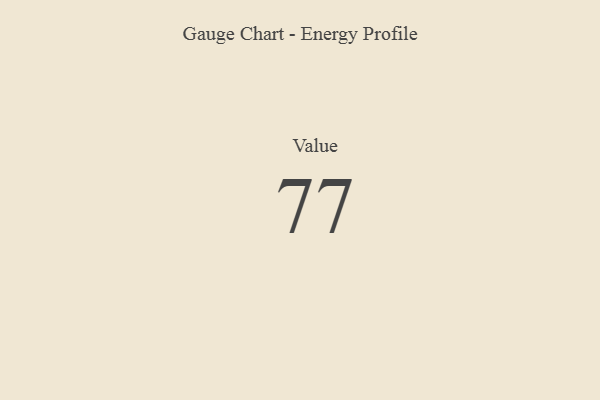
{"axis": {"x": "Metric", "y": "Value"}, "legend": [""], "data": [{"x": "Value", "y": 77, "type": ""}]}